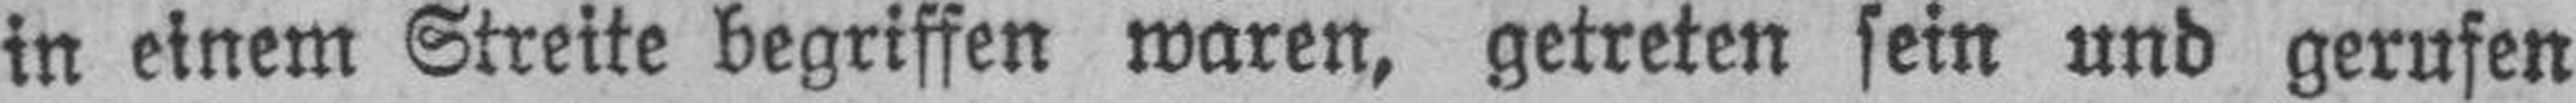
in einem Streite begriffen waren, getreten sein und gerufen